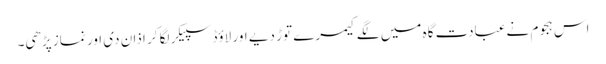
اس ہجوم نےعبادت گاہ میں لگے کیمرے توڑ دیے اور لاؤڈ سپیکر لگا کر اذان دی اور نماز پڑھی۔